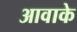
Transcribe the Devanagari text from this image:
आवाके